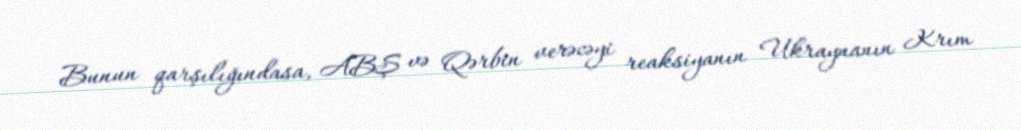
Bunun qarşılığındasa, ABŞ və Qərbin verəcəyi reaksiyanın Ukraynanın Krım